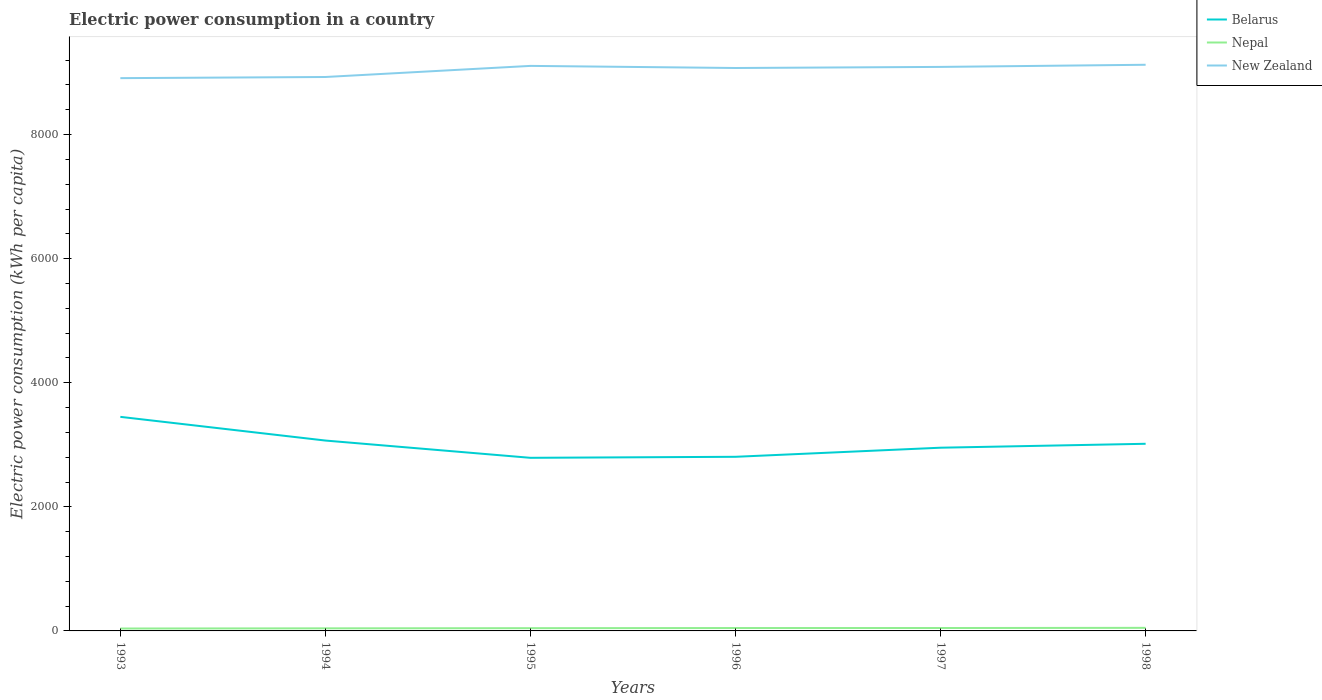
| Years | Belarus | Nepal | New Zealand |
 | --- | --- | --- | --- |
 | 1993 | 3.45e+03 | 38.8 | 8.91e+03 |
 | 1994 | 3.07e+03 | 41.6 | 8.93e+03 |
 | 1995 | 2.79e+03 | 44.2 | 9.11e+03 |
 | 1996 | 2.81e+03 | 46.6 | 9.07e+03 |
 | 1997 | 2.95e+03 | 46.9 | 9.09e+03 |
 | 1998 | 3.02e+03 | 49.6 | 9.13e+03 |